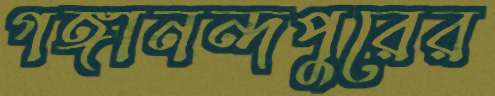
গঙ্গানন্দপুরের